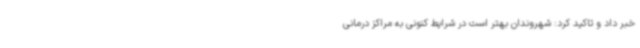
خبر داد و تاکید کرد: شهروندان بهتر است در شرایط کنونی به مراکز درمانی